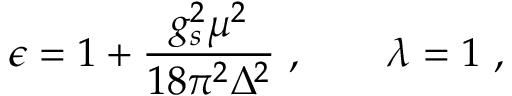
\epsilon = 1 + \frac { g _ { s } ^ { 2 } \mu ^ { 2 } } { 1 8 \pi ^ { 2 } \Delta ^ { 2 } } \ , \qquad \lambda = 1 \ ,